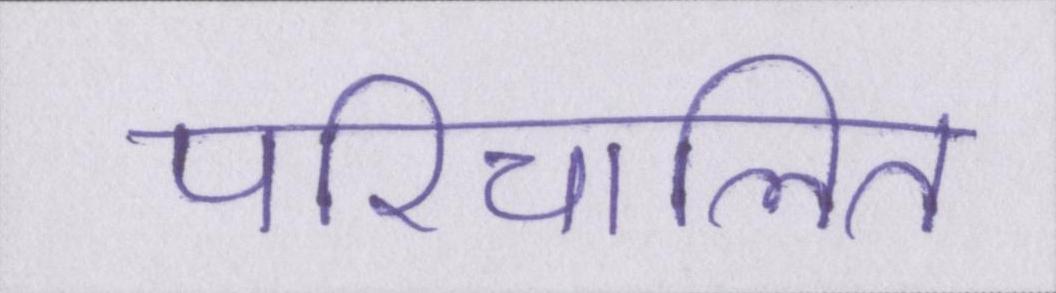
परिचालित